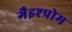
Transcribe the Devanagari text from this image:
गैइश्प्रोम